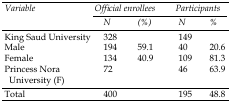
<table><thead><tr><td rowspan="2"><b>Variable</b></td><td colspan="2"><b>Official enrollees</b></td><td colspan="2"><b>Participants</b></td></tr><tr><td><b>N</b></td><td><b>(%)</b></td><td><b>N</b></td><td><b>%</b></td></tr></thead><tbody><tr><td>King Saud University</td><td>328</td><td></td><td>149</td><td></td></tr><tr><td>Male</td><td>194</td><td>59.1</td><td>40</td><td>20.6</td></tr><tr><td>Female</td><td>134</td><td>40.9</td><td>109</td><td>81.3</td></tr><tr><td>Princess Nora University(F)</td><td>72</td><td></td><td>46</td><td>63.9</td></tr><tr><td>Total</td><td>400</td><td></td><td>195</td><td>48.8</td></tr></tbody></table>